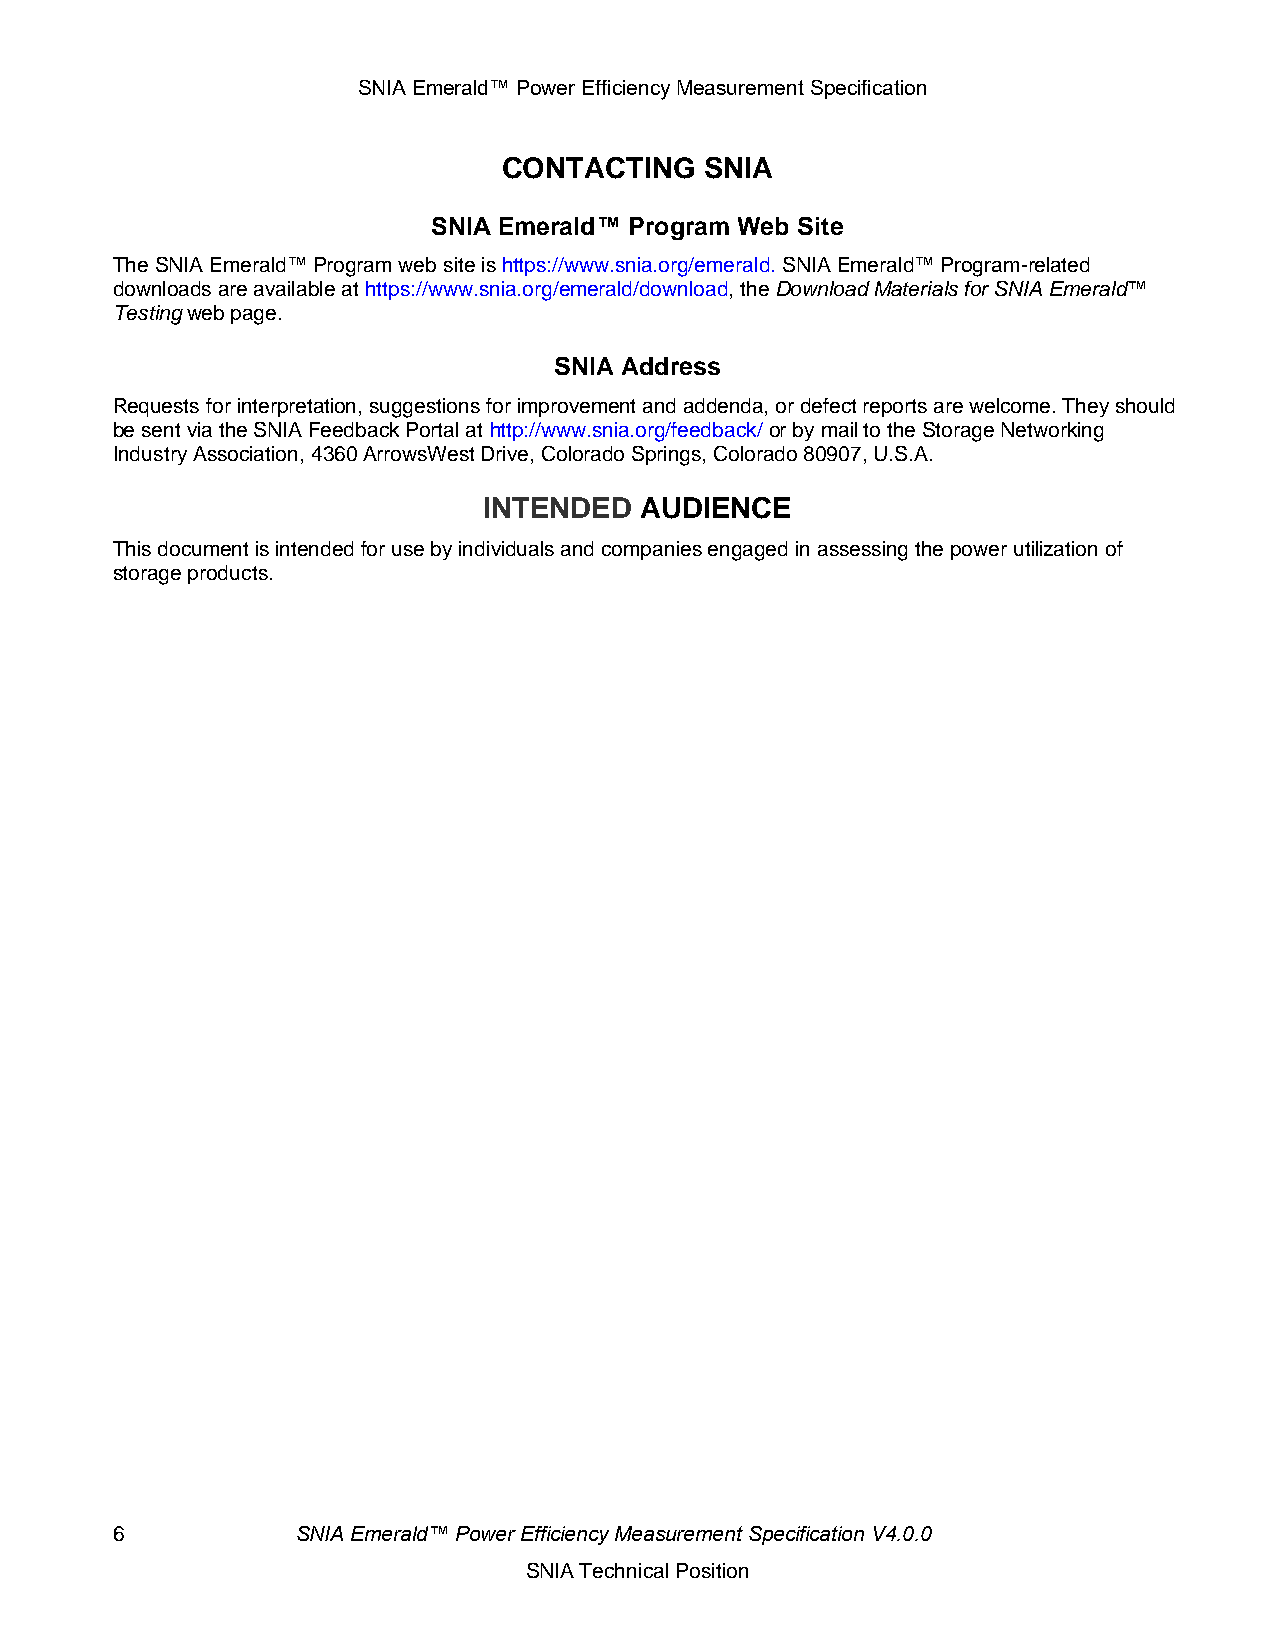
SNIA Emerald™ Power Efficiency Measurement Specification
 CONTACTING    SNIA
 SNIA Emerald™ Program Web Site
 The SNIA Emerald™ Program web site is https://www.snia.org/emerald. SNIA Emerald™ Program-related
 downloads are available at https://www.snia.org/emerald/download, the Download Materials for SNIA Emerald™
 Testing web page.
 SNIA Address
 Requests for interpretation, suggestions for improvement and addenda, or defect reports are welcome. They should
 be sent via the SNIA Feedback Portal at http://www.snia.org/feedback/ or by mail to the Storage Networking
 Industry Association, 4360 ArrowsWest Drive, Colorado Springs, Colorado 80907, U.S.A.
 INTENDED  AUDIENCE
 This document is intended for use by individuals and companies engaged in assessing the power utilization of
 storage products.
 6            SNIA Emerald™ Power Efficiency Measurement Specification V4.0.0
 SNIA Technical Position